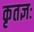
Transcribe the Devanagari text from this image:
कृतज्ञः